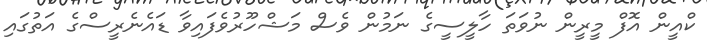
ކްއީން އޮފް މީރީން ނުވަތަ ހާލީސީގެ ނަމުން ވެސް މަޝްހޫރުވެފައިވާ ޑައެނެރީސްގެ އަތުގައި